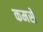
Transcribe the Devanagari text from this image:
कमसे